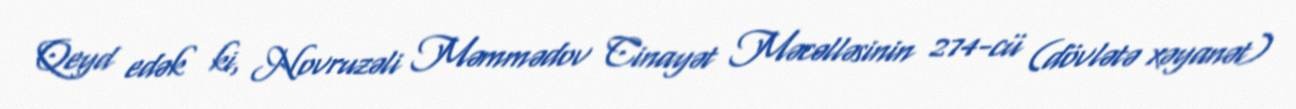
Qeyd edək ki, Novruzəli Məmmədov Cinayət Məcəlləsinin 274-cü (dövlətə xəyanət)